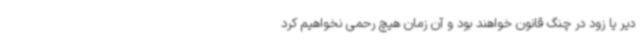
دیر یا زود در چنگ قانون خواهند بود و آن زمان هیچ رحمی نخواهیم کرد